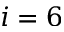
i = 6